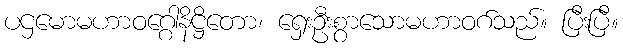
ပဌမောမဟာဝဂ္ဂေါနိဋ္ဌိတော၊ ရှေးဦးစွာသောမဟာဝဂ်သည်။ ပြီးပြီ။